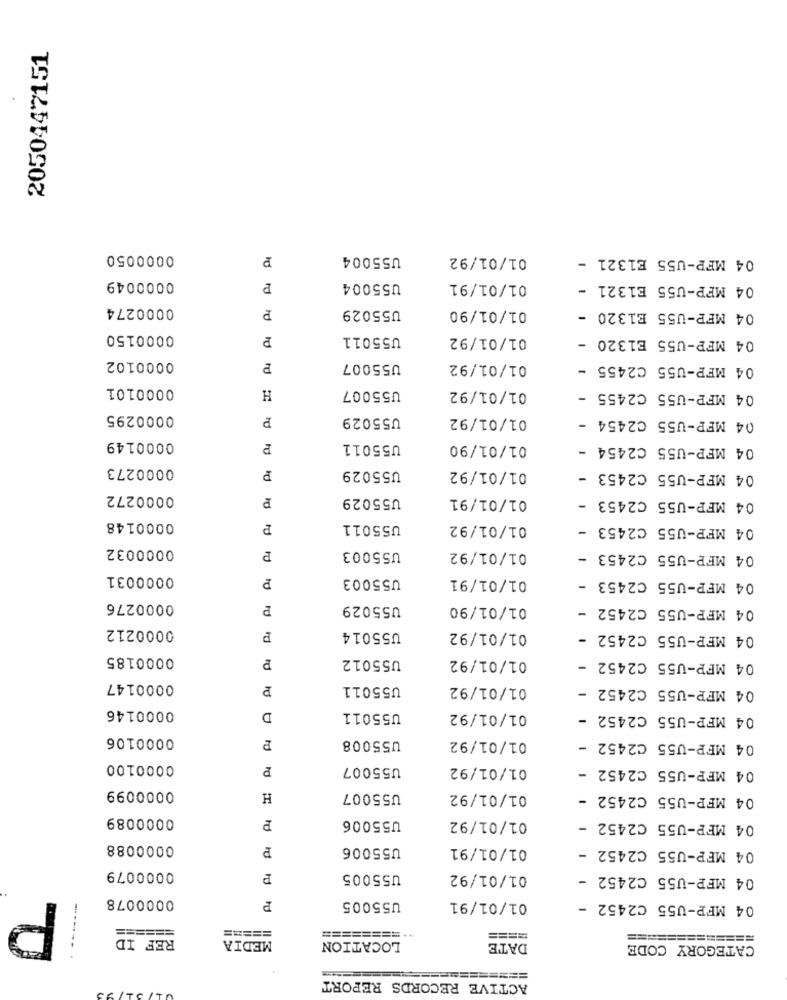
2050447151
0000050
P
U55004
01/01/92
04 MFP-U55 E1321 -
0000049
P
U55004
01/01/91
04 MFP-U55 E1321 -
0000274
P
U55029
01/01/90
04 MFP-U55 E1320 -
0000150
PI
U55011
01/01/92
04 MFP-U55 E1320 -
0000102
P
U55007
01/01/92
04 MFP-U55 C2455 -
0000101
H
U55007
01/01/92
04 MFP-U55 C2455 -
0000295
P
U55029
01/01/92
04 MFP-U55 C2454 -
0000149
U55011
01/01/90
04 MFP-U55 C2454 -
rd
0000273
P
U55029
01/01/92
04 MFP-U55 C2453 -
0000272
P
U55029
01/01/91
04 MFP-U55 C2453 -
0000148
P
U55011
01/01/92
04 MFP-U55 C2453 -
0000032
U55003
01/01/92
04 MFP-U55 C2453 -
0000031
U55003
01/01/91
04 MFP-U55 C2453 -
0000276
P
U55029
01/01/90
04 MFP-U55 C2452 -
0000212
P
U55014
01/01/92
04 MFP-U55 C2452 -
0000185
U55012
01/01/92
04 MFP-U55 C2452 -
0000147
U55011
01/01/92
04 MFP-U55 C2452 -
0000146
D
U55011
01/01/92
04 MFP-U55 C2452 -
0000106
U55008
01/01/92
04 MFP-U55 C2452 -
0000100
U55007
01/01/92
04 MFP-U55 C2452 -
rd
0000099
H
U55007
01/01/92
04 MFP-U55 C2452 -
0000089
U55006
01/01/92
04 MFP-U55 C2452 -
0000088
P
U55006
01/01/91
04 MFP-U55 C2452 -
0000079
P
U55005
01/01/92
04 MFP-U55 C2452 -
0000078
P
U55005
01/01/91
04 MFP-U55 C2452 -
======
=====
REF ID
MEDIA
========
============
----
LOCATION
DATE
CATEGORY CODE
======
ACTIVE RECORDS REPORT